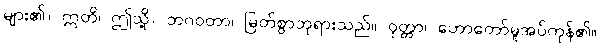
များ၏။ ဣတိ၊ ဤသို့။ ဘဂဝတာ၊ မြတ်စွာဘုရားသည်။ ဝုတ္တာ၊ ဟောတော်မူအပ်ကုန်၏။